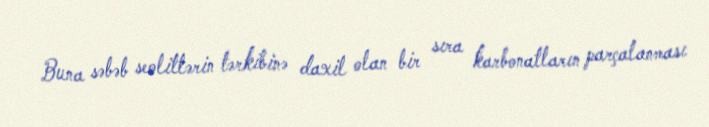
Buna səbəb seolitlərin tərkibinə daxil olan bir sıra karbonatların parçalanması